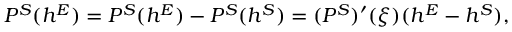
{ \cal P } ^ { S } ( h ^ { E } ) = { \cal P } ^ { S } ( h ^ { E } ) - { \cal P } ^ { S } ( h ^ { S } ) = ( { \cal P } ^ { S } ) ^ { \prime } ( \xi ) ( h ^ { E } - h ^ { S } ) ,